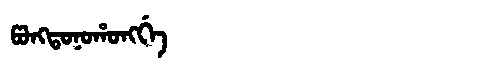
Manchu: ᡦᠣᠩᡨᠣᠨᠣᡥᠣᠩᡤᡝ
Romanization: PONGTONOHONGGE